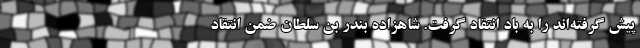
پیش گرفته‌اند را به باد انتقاد گرفت. شاهزاده بندر بن سلطان ضمن انتقاد